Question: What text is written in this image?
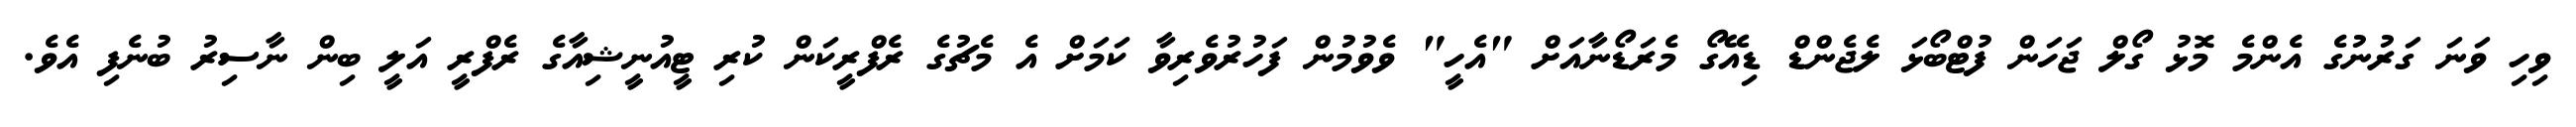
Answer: ވިހި ވަނަ ގަރުނުގެ އެންމެ މޮޅު ގޯލް ޖަހަން ފުޓްބޯޅަ ލެޖެންޑް ޑިއޭގޯ މެރަޑޯނާއަށް "އެހީ" ވެވުމުން ފަހުރުވެރިވާ ކަމަށް އެ މެޗުގެ ރެފްރީކަން ކުރި ޓީއުނީޝިއާގެ ރެފްރީ އަލީ ބިން ނާސިރު ބުނެފި އެވެ.